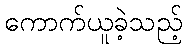
ကောက်ယူခဲ့သည့်